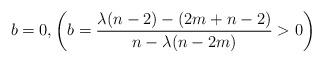
LaTeX: \begin{align*}b=0, \left( b=\frac{\lambda(n-2)-(2m+n-2)}{n-\lambda(n-2m)}>0\right)\end{align*}